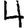
Digit: 4